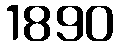
1890